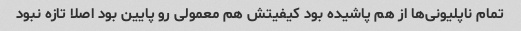
تمام ناپلیونی‌ها از هم پاشیده بود کیفیتش هم معمولی رو پایین بود اصلا تازه نبود